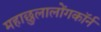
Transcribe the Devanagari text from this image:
महाछुलालोंगकॉर्न